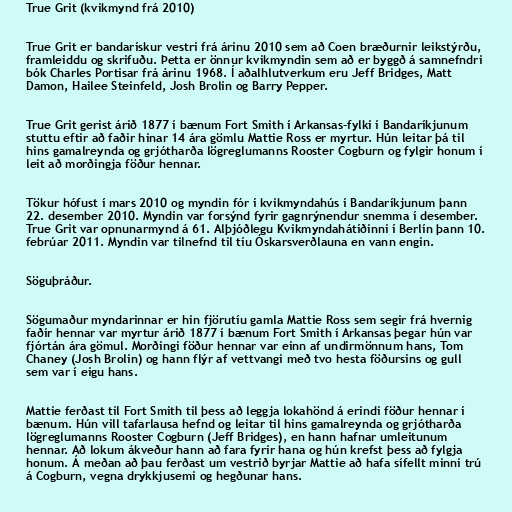
True Grit (kvikmynd frá 2010)

True Grit er bandarískur vestri frá árinu 2010 sem að Coen bræðurnir leikstýrðu,
framleiddu og skrifuðu. Þetta er önnur kvikmyndin sem að er byggð á samnefndri
bók Charles Portisar frá árinu 1968. Í aðalhlutverkum eru Jeff Bridges, Matt
Damon, Hailee Steinfeld, Josh Brolin og Barry Pepper.

True Grit gerist árið 1877 í bænum Fort Smith í Arkansas-fylki í Bandaríkjunum
stuttu eftir að faðir hinar 14 ára gömlu Mattie Ross er myrtur. Hún leitar þá til
hins gamalreynda og grjótharða lögreglumanns Rooster Cogburn og fylgir honum í
leit að morðingja föður hennar.

Tökur hófust í mars 2010 og myndin fór í kvikmyndahús í Bandaríkjunum þann
22. desember 2010. Myndin var forsýnd fyrir gagnrýnendur snemma í desember.
True Grit var opnunarmynd á 61. Alþjóðlegu Kvikmyndahátíðinni í Berlín þann 10.
febrúar 2011. Myndin var tilnefnd til tíu Óskarsverðlauna en vann engin.

Söguþráður.

Sögumaður myndarinnar er hin fjörutíu gamla Mattie Ross sem segir frá hvernig
faðir hennar var myrtur árið 1877 í bænum Fort Smith í Arkansas þegar hún var
fjórtán ára gömul. Morðingi föður hennar var einn af undirmönnum hans, Tom
Chaney (Josh Brolin) og hann flýr af vettvangi með tvo hesta föðursins og gull
sem var í eigu hans.

Mattie ferðast til Fort Smith til þess að leggja lokahönd á erindi föður hennar í
bænum. Hún vill tafarlausa hefnd og leitar til hins gamalreynda og grjótharða
lögreglumanns Rooster Cogburn (Jeff Bridges), en hann hafnar umleitunum
hennar. Að lokum ákveður hann að fara fyrir hana og hún krefst þess að fylgja
honum. Á meðan að þau ferðast um vestrið byrjar Mattie að hafa sífellt minni trú
á Cogburn, vegna drykkjusemi og hegðunar hans.